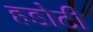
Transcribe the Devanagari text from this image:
हडोटी